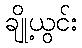
ချို့ယွင်း